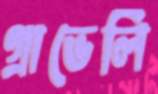
গ্রাভেলি